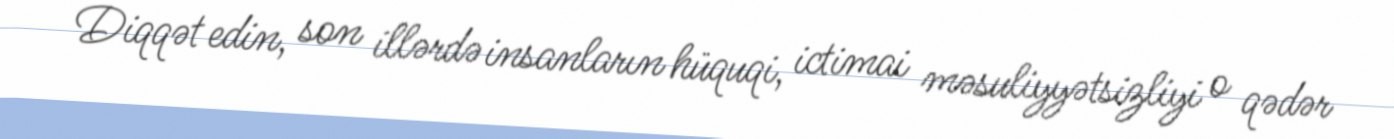
Diqqət edin, son illərdə insanların hüquqi, ictimai məsuliyyətsizliyi o qədər